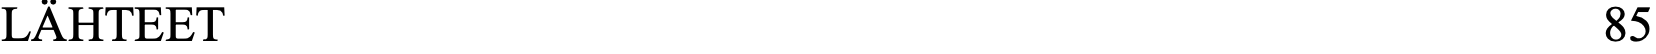
LÄHTEET                                              85